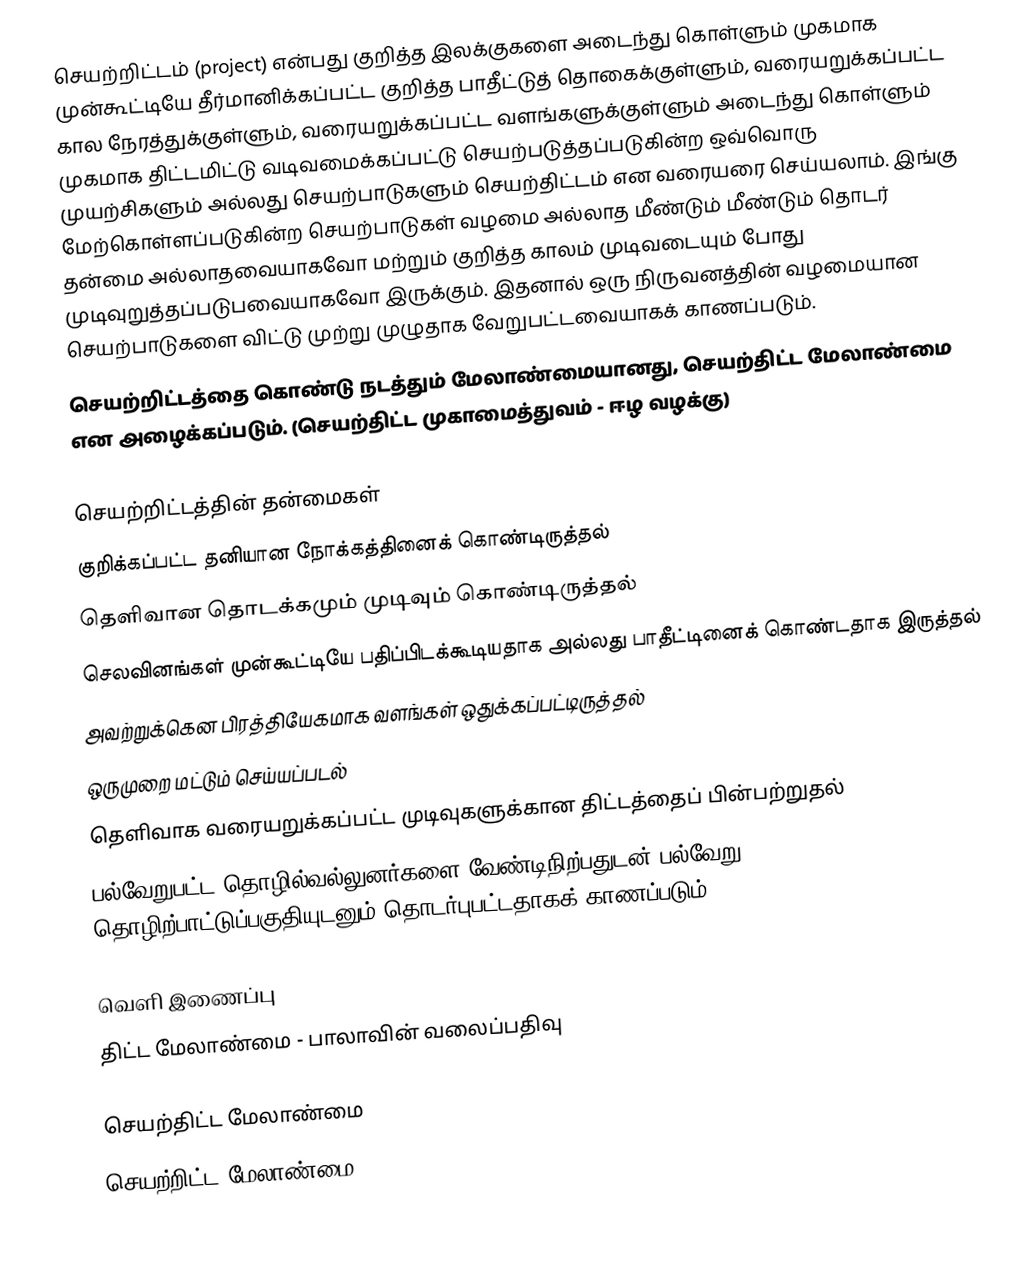
செயற்றிட்டம் (project) என்பது குறித்த இலக்குகளை அடைந்து கொள்ளும் முகமாக முன்கூட்டியே தீர்மானிக்கப்பட்ட குறித்த பாதீட்டுத் தொகைக்குள்ளும், வரையறுக்கப்பட்ட கால நேரத்துக்குள்ளும், வரையறுக்கப்பட்ட வளங்களுக்குள்ளும் அடைந்து கொள்ளும் முகமாக திட்டமிட்டு வடிவமைக்கப்பட்டு செயற்படுத்தப்படுகின்ற ஒவ்வொரு முயற்சிகளும் அல்லது செயற்பாடுகளும் செயற்திட்டம் என வரையரை செய்யலாம். இங்கு மேற்கொள்ளப்படுகின்ற செயற்பாடுகள் வழமை அல்லாத மீண்டும் மீண்டும் தொடர் தன்மை அல்லாதவையாகவோ மற்றும் குறித்த காலம் முடிவடையும் போது முடிவுறுத்தப்படுபவையாகவோ இருக்கும். இதனால் ஒரு நிருவனத்தின் வழமையான செயற்பாடுகளை விட்டு முற்று முழுதாக வேறுபட்டவையாகக் காணப்படும்.
செயற்றிட்டத்தை கொண்டு நடத்தும் மேலாண்மையானது, செயற்திட்ட மேலாண்மை என அழைக்கப்படும். (செயற்திட்ட முகாமைத்துவம் - ஈழ வழக்கு)

செயற்றிட்டத்தின் தன்மைகள்
 குறிக்கப்பட்ட தனியான நோக்கத்தினைக் கொண்டிருத்தல்
 தெளிவான தொடக்கமும் முடிவும் கொண்டிருத்தல்
 செலவினங்கள் முன்கூட்டியே பதிப்பிடக்கூடியதாக அல்லது பாதீட்டினைக் கொண்டதாக இருத்தல்
 அவற்றுக்கென பிரத்தியேகமாக வளங்கள் ஒதுக்கப்பட்டிருத்தல்
 ஒருமுறை மட்டும் செய்யப்படல்
 தெளிவாக வரையறுக்கப்பட்ட முடிவுகளுக்கான திட்டத்தைப் பின்பற்றுதல்
 பல்வேறுபட்ட தொழில்வல்லுனர்களை வேண்டிநிற்பதுடன் பல்வேறு தொழிற்பாட்டுப்பகுதியுடனும் தொடர்புபட்டதாகக் காணப்படும்

வெளி இணைப்பு
 திட்ட மேலாண்மை - பாலாவின் வலைப்பதிவு

செயற்திட்ட மேலாண்மை
செயற்றிட்ட மேலாண்மை